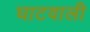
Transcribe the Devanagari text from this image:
घाटवाली